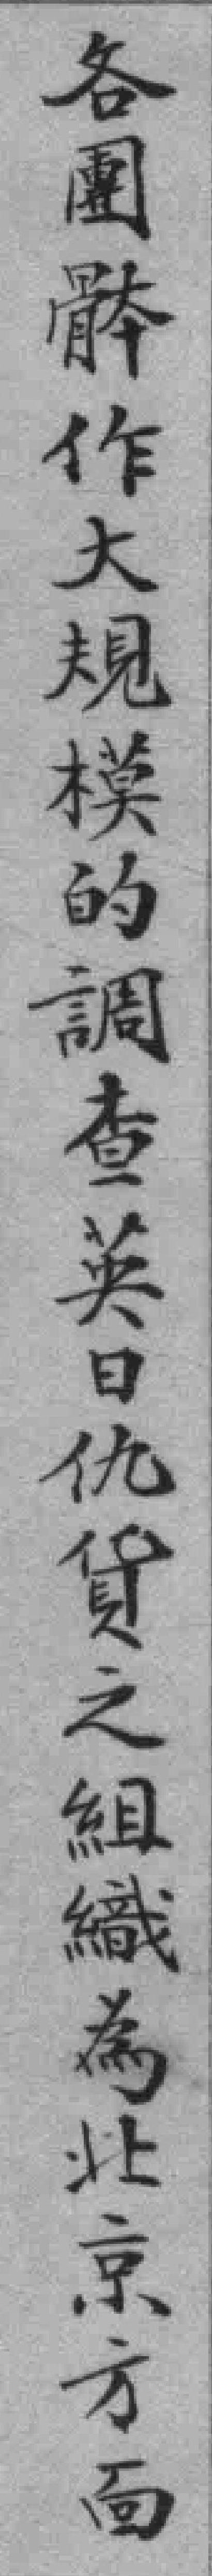
各團骵作大規模的調查英日仇貨之組織為北京方面